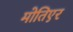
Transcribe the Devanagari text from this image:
मोतिएर